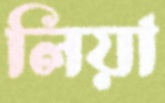
লিয়া